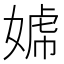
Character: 𡟣